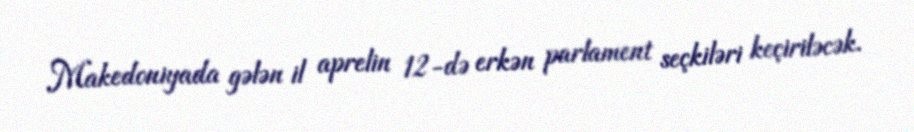
Makedoniyada gələn il aprelin 12-də erkən parlament seçkiləri keçiriləcək.